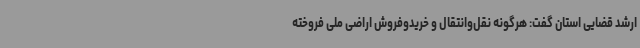
ارشد قضایی استان گفت: هرگونه نقل‌وانتقال و خریدوفروش اراضی ملی فروخته